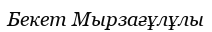
Бекет Мырзағұлұлы